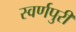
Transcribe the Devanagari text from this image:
स्वर्णपुरी